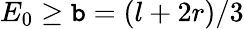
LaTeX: E_{0}\ge\mathtt{b}=(l+2r)/3